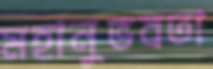
মহানুভবতা